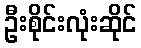
ဦးစိုင်းလုံးဆိုင်